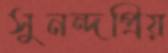
সুনন্দপ্রিয়